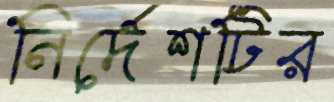
নির্দেশটির